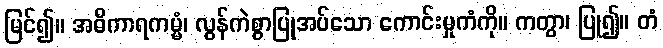
မြင်၍။ အဓိကာရကမ္မံ၊ လွန်ကဲစွာပြုအပ်သော ကောင်းမှုကံကို။ ကတွာ၊ ပြု၍။ တံ